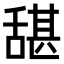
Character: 𮍺